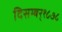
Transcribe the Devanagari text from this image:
दिसम्बर्१८७८